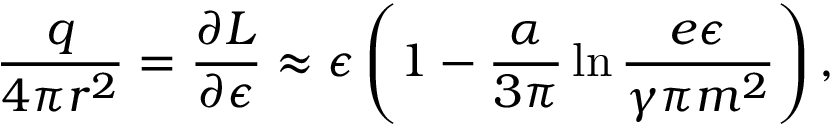
\frac { q } { 4 \pi r ^ { 2 } } = \frac { \partial { \cal L } } { \partial \epsilon } \approx \epsilon \left( 1 - \frac { \alpha } { 3 \pi } \ln \frac { e \epsilon } { \gamma \pi m ^ { 2 } } \right) ,